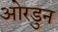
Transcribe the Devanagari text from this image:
ओरडुन